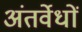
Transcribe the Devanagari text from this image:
अंतर्वेधों